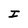
Character: I